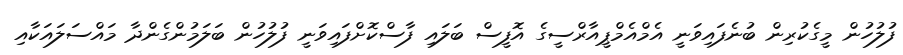
ފުލުހުން މީގެކުރިން ބުނެފައިވަނީ އެމްއެމްޕީއާރްސީގެ އޮފީސް ބަލައި ފާސްކޮށްފައިވަނީ ފުލުހުން ބަލަމުންގެންދާ މައްސަލައަކާއި